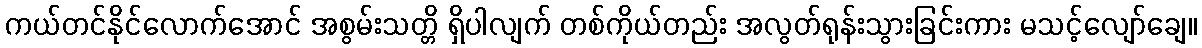
ကယ်တင်နိုင်လောက်အောင် အစွမ်းသတ္တိ ရှိပါလျက် တစ်ကိုယ်တည်း အလွတ်ရုန်းသွားခြင်းကား မသင့်လျော်ချေ။